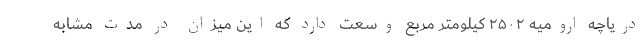
دریاچه ارومیه ۲۵۰۲ کیلومتر مربع وسعت دارد که این میزان در مدت مشابه